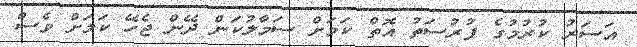
އަސަރު ކުރުމުގެ ފުރުސަތު އޮތް ކަމަށް ސަމާލުކަން ދޭން ޖެހޭ ކަމަށް ވެސް